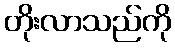
တိုးလာသည်ကို